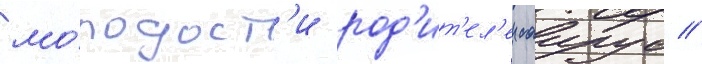
мо́лодост'и род'ит'ел'еи саирус //